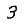
Digit: 3